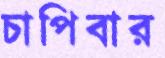
চাপিবার